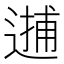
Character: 𨕝